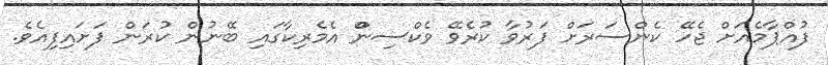
ފުއްޕާމެއަށް ޖެހޭ ކެންސަރަށް ފަރުވާ ކުރެވޭ ވެކްސިންް އެމެރިކާގައި ބޭނުން ކުރަން ފަށައިފިއެވެ.